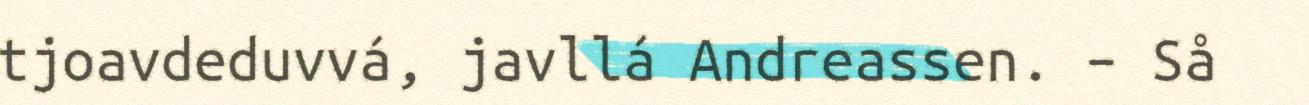
tjoavdeduvvá, javllá Andreassen. – Så